Vaccination in the Punjab 1919-1929 - 1919-1929
Year: 1919
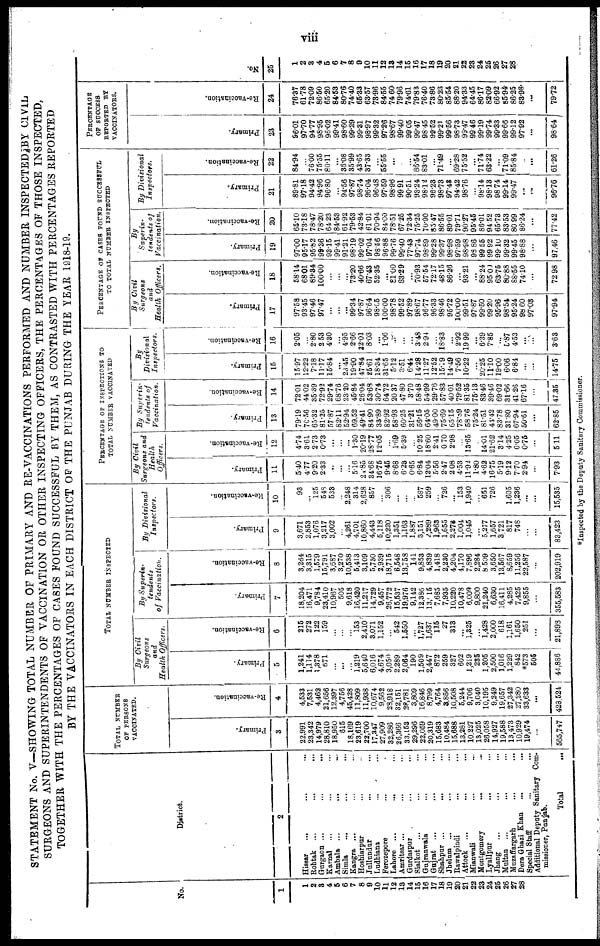
viii
STATEMENT No. V—SHOWING TOTAL NUMBER OF PRIMARY AND RE-VACCINATIONS PERFORMED AND NUMBER INSPECTED BY CIVIL
SURGEONS AND SUPERINTENDENTS OF VACCINATION OR OTHER INSPECTING OFFICERS, THE PERCENTAGES OF THOSE INSPECTED,
TOGETHER WITH THE PERCENTAGES OF CASES FOUND SUCCESSFUL BY THEM, AS CONTRASTED WITH PERCENTAGES REPORTED
BY THE VACCINATORS IN EACH DISTRICT OF THE PUNJAB DURING THE YEAR 1918-19.
No.
1
1
2
8
4
5
6
7
8
9
10
11
12
13
14
15
16
17
18
19
20
21
22
23
24
25
26
27
28
District.
2
Hissar
... ... ...
Rohtak
...
...
...
Gurgaon
...
...
...
Karnal
...
...
...
Ambala
...
...
...
Simla ... ... ...
Kangra ... ... ...
Hoshiarpur ... ...
Jullundur
...
...
Ludhiana ... ...
Ferozepore ... ...
Lahore
...
...
...
Amritsar ... ... ...
Gurdaspur ... ...
Sialkot ... ... ...
Gujranwala ... ...
Gujrat ... ... ...
Shahpur ... ... ...
Jhelam ... ... ...
Rawalpindi ... ...
Attack ... ... ...
Mianwali ... ...
Montgomery
...
...
Lyallpur ... ...
Jhang ... ... ...
Multan
...
...
...
Muzaffargarh ... ...
Dera Ghazi Khan
...
...
Special Staff ... ...
Additional Deputy Sanitary Com-
missioner, Panjab.
Total ...
TOTAL NUMBER
OF PERSONS
VACCINATED.
Primary.
3
22,991
23,342
14,979
28,810
18,950
815
18,169
23,619
22,700
17,347
27,909
32,286
26,366
33,153
29,296
22,059
20,319
15,683
10,484
15,688
13,281
10,227
13,025
26,058
14,927
19,588
13,473
10,929
19,474
...
565,747
Re-vaccination.
4
4,533
7,531
4,462
21,656
12,397
4,756
45,428
11,809
11,938
10,674
9,562
28,918
32,151
28,781
3,809
16,846
8,799
4,764
3,856
10,508
5,244
9,706
3,040
10,195
9,249
19,657
27,342
27,280
33,633
...
428,524
TOTAL NUMBER INSPECTED
By Civil
Surgeons
and
Health Officers.
Primary.
5
1,241
1,114
1,378
671
...
...
...
1,219
5,640
6,016
4,674
3,050
2,289
2,064
190
1,509
2,447
872
259
327
602
1,219
285
1,205
2,500
1,016
1,229
842
*573
505
44,886
Re-vaccination.
6
215
272
122
159
...
...
...
153
2,410
3,071
1,152
...
542
1,550
...
1,727
1,637
115
27
313
...
1,325
...
1,428
2,000
618
1,161
1,650
251
...
21,898
By Superin-
tendents
of Vaccination.
Primary.
7
18,204
16,471
9,784
23,410
10,967
505
9,618
16,420
11,217
14,729
9,457
26,772
15,537
19,976
9,142
12,386
13,915
7,685
7,935
10,220
10,478
6,009
9,800
21,240
6,630
16,411
4,285
7,425
9,855
...
355,583
Re-vaccination.
8
3,264
3,315
1,579
15,791
3,687
3,270
10,538
5,413
3,109
5,730
2,939
18,715
6,548
13,758
141
9,853
4,839
1,418
2,230
4,204
4,170
7,896
2,284
8,509
3,650
13,567
8,659
11,256
22,587
...
202,919
By Divisional
Inspectors.
Primary.
9
3,671
2,853
1,076
3,217
3,002
...
4,261
4,701
10,860
4,443
5,118
10,220
1,351
1,163
1,887
3,151
2,289
1,963
1,655
2,273
1,004
1,045
...
5,277
1,657
3,721
817
748
...
...
83,423
Re-vaccination.
10
93
...
125
548
533
...
2,248
314
2,628
857
...
306
...
...
...
587
259
...
726
...
153
1,940
...
651
726
1,605
1,236
...
...
15,535
PERCENTAGE OF INSPECTIONS TO
TOTAL NUMBER VACCINATED
By Civil
Surgeons and
Health
Officers.
Primary.
11
5.40
4.77
9.20
2.33
...
...
...
5.16
24.85
34.68
16.75
9.45
8.68
6.23
0.65
6.84
12.04
5.56
2.47
2.08
4.53
11.92
1.80
4.62
16.75
5.19
9.12
7.70
2.94
...
7.93
Re-vaccination.
12
4.74
3.61
2.73
0.73
...
...
...
1.30
20.19
28.77
12.05
...
1.69
5.39
...
10.25
18.60
2.41
0.70
2.98
...
13.65
...
14.01
21.62
3.14
4.25
6.05
0.75
...
5.11
By Superin-
tendents of
Vaccination.
Primary.
13
79.19
70.56
65.32
81.25
57.87
82.11
52.94
69.52
49.41
84.90
33.89
82.92
58.93
60.25
31.21
56.15
64.05
49.00
75.69
65.15
78.89
58.76
75.24
81.51
41.42
83.78
31.80
67.94
50.61
...
62.85
Re-vaccination.
14
72.01
44.02
35.39
72.92
29.74
68.76
23.20
45.84
26.04
53.68
30.74
64.72
20.37
47.80
3.70
58.48
54.99
29.76
57.83
40.01
79.52
81.35
75.13
83.46
39.46
69.02
31.66
41.26
67.16
...
47.35
By
Divisional
Inspectors.
Primary.
15
15.97
12.22
7.18
11.17
15.84
...
23.45
19.90
47.84
25.61
18.34
31.65
5.12
3.51
6.44
14.28
11.27
12.52
15.79
14.49
7.56
10.22
...
20.25
11.10
19.00
6.06
6.84
...
...
14.75
Re-vaccination.
16
2.05
...
2.80
2.53
4.30
...
4.95
2.66
22.01
8.03
...
1.06
...
...
...
3.48
2.94
...
18.83
...
2.92
19.99
...
6.39
7.85
...
5.87
4.53
...
...
3.63
PERCENTAGE OF CASES FOUND SUCCESSFUL
TO TOTAL NUMBER INSPECTED
By Civil
Surgeons
and
Health Officers.
Primary.
17
97.58
93.45
97.46
97.47
...
...
...
99.34
97.87
96.64
98.05
100.00
98.78
99.52
97.89
98.67
96.77
96.33
98.46
95.72
100.00
99.51
97.87
99.50
99.20
95.96
98.54
95.24
98.60
97.03
97.94
Re-vaccination.
18
58.14
68.01
89.34
100.00
...
...
...
73.20
40.66
67.43
52.35
...
81.00
83.29
...
70.93
57.54
72.17
48.15
86.20
...
93.21
...
88.24
95.00
63.75
80.88
88.55
74.10
...
72.98
By
Superin-
tendents of
Vaccination.
Primary.
19
97.00
95.17
95.82
99.36
93.15
99.41
91.21
98.19
99.02
97.04
98.56
96.88
99.76
99.40
77.43
97.74
98.89
99.28
99.37
98.98
97.59
98.98
98.86
99.55
99.92
99.10
99.32
99.45
98.88
...
97.46
Re-vaccination.
20
65.10
73.18
78.47
78.20
64.23
84.53
61.92
79.53
42.84
61.01
70.94
84.00
78.51
67.25
72.34
75.25
70.90
85.47
86.55
89.01
79.71
90.27
95.45
86.01
94.52
65.73
83.53
80.99
86.24
...
77.42
By Divisional
Inspectors.
Primary.
21
89.81
97.18
94.42
94.96
96.80
...
94.56
97.87
98.74
96.04
96.48
97.59
98.96
99.91
90.51
93.24
98.12
96.23
98.73
97.43
94.42
98.76
...
98.14
98.13
98.74
99.14
99.47
...
...
96.76
Re-vaccination.
22
84.94
...
76.00
75.55
80.11
...
36.08
35.99
43.65
37.33
...
55.55
...
...
...
86.54
83.01
...
71.49
...
69.28
75.52
...
71.74
63.22
...
71.09
85.84
...
...
61.26
PERCENTAGE
OF SUCCESS
REPORTED BY
VACCINATORS.
Primary.
23
96.01
97.70
94.77
98.95
96.02
99.41
98.60
99.29
99.31
98.97
99.32
97.26
98.67
99.40
99.05
99.47
98.45
99.52
99.21
99.56
98.73
99.47
99.46
99.19
99.74
99.33
99.66
99.12
97.92
...
98.64
Re-vaccination.
24
76.37
61.78
72.09
86.50
65.20
84.53
80.76
74.40
65.33
63.57
73.96
84.55
74.60
79.96
74.61
79.83
76.40
73.86
80.23
85.54
88.20
94.33
64.45
86.17
82.09
66.92
85.94
86.25
83.98
...
79.72
No.
25
1
2
3
4
6
6
7
8
9
10
11
12
13
14
15
16
17
18
19
20
21
22
23
24
25
26
27
28
...
*Inspected by the Deputy Sanitary Commissioner.